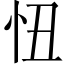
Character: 忸